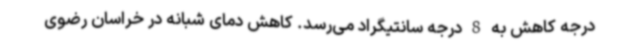
درجه کاهش به 8 درجه سانتیگراد می‌رسد. کاهش دمای شبانه در خراسان رضوی